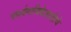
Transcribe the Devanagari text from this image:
पार्श्वगायिकेसाठीचे